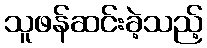
သူဖန်ဆင်းခဲ့သည့်